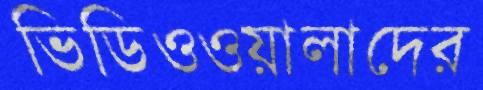
ভিডিওওয়ালাদের